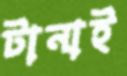
টানাই